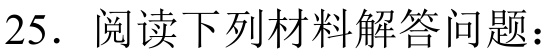
25. 阅读下列材料解答问题：